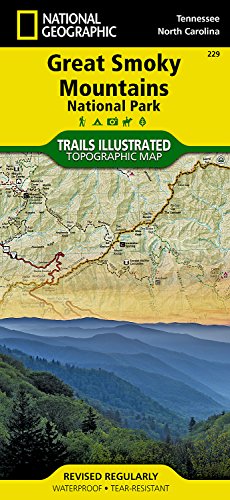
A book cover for Great Smoky Mountains National Park (National Geographic Trails Illustrated Map); National Geographic Maps - Trails Illustrated; Reference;